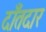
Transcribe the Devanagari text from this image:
दाँतदार